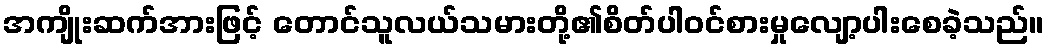
အကျိုးဆက်အားဖြင့် တောင်သူလယ်သမားတို့၏စိတ်ပါဝင်စားမှုလျော့ပါးစေခဲ့သည်။